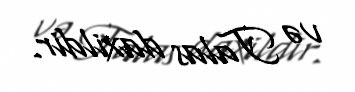
və Talas daxildir.